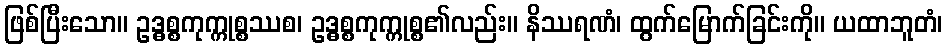
ဖြစ်ပြီးသော။ ဥဒ္ဓစ္စကုက္ကုစ္စဿစ၊ ဥဒ္ဓစ္စကုက္ကုစ္စ၏လည်း။ နိဿရဏံ၊ ထွက်မြောက်ခြင်းကို။ ယထာဘူတံ၊